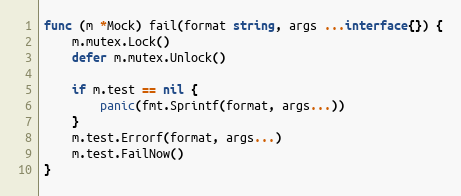
Language: Go
func (m *Mock) fail(format string, args ...interface{}) {
	m.mutex.Lock()
	defer m.mutex.Unlock()

	if m.test == nil {
		panic(fmt.Sprintf(format, args...))
	}
	m.test.Errorf(format, args...)
	m.test.FailNow()
}